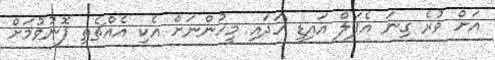
އަށް ވުރެ ގިނަ އެޕަލް އައިޑީ ހަދައި މީހުންނަށް އެކި އެއްޗެތި ފޮނުވުމަށް